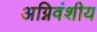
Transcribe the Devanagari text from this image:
अग्निवंशीय